Civil Veterinary Department. Madras. Admin. report 1910-25 - 1910-1925
Year: 1910
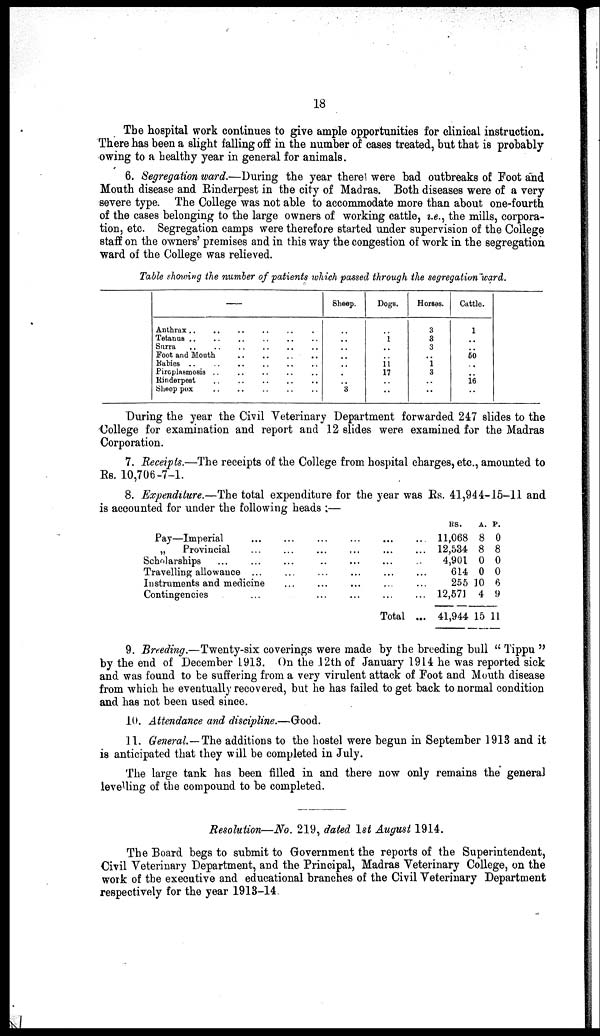
18
The hospital work continues to give ample opportunities for clinical instruction.
There has been a slight falling off in the number of cases treated, but that is probably
owing to a healthy year in general for animals.
6. Segregation ward.—During the year there were bad outbreaks of Foot and
Mouth disease and Rinderpest in the city of Madras. Both diseases were of a very
severe type. The College was not able to accommodate more than about one-fourth
of the cases belonging to the large owners of working cattle, v.e., the mills, corpora-
tion, etc. Segregation camps were therefore started under supervision of the College
staff on the owners' premises and in this way the congestion of work in the segregation
ward of the College was relieved.
Table showing the number of patients which passed through the segregation ward.
—
Anthrax ..........
Tetanus ............
Surra ............
Foot and Mouth
........
Rabies ..............
Piroplasmosia ..........
Rinderpest
..........
Sheep pox ............
Sheep.
..
..
..
..
..
..
..
3
Dogs.
..
1
..
..
11
17
..
..
Horses.
3
3
3
..
1
3
..
..
Cattle.
1
..
..
50
..
..
16
..
During the year the Civil Veterinary Department forwarded 247 slides to the
College for examination and report and 12 slides were examined for the Madras
Corporation.
7. Receipts.—The receipts of the College from hospital charges, etc., amounted to
Rs. 10,706-7-1.
8. Expenditure.—The total expenditure for the year was Rs. 41,944-15-11 and
is accounted for under the following heads :—
Pay—Imperial
...
...
...
...
...
...
„
Provincial
...
...
...
...
...
...
Scholarships
...
...
...
...
...
...
Travelling allowance
...
...
...
...
...
...
Instruments and medicine
...
...
...
...
...
...
Contingencies
...
...
...
...
...
...
Total ...
RS.
11,068
12,534
4,901
614
255 1
12,571
41,944 1
A.
8
8
0
0
0
4
5
P.
0
8
0
0
6
9
11
9. Breeding.—Twenty-six coverings were made by the breeding bull "Tippu"
by the end of December 1913. On the 12th of January 1914 he was reported sick
and was found to be suffering from a very virulent attack of Foot and Mouth disease
from which he eventually recovered, but he has failed to get back to normal condition
and has not been used since.
10. Attendance and discipline.—Good.
11. General.—The additions to the hostel were begun in September 1913 and it
is anticipated that they will be completed in July.
The large tank has been filled in and there now only remains the general
levelling of the compound to be completed.
Resolution—No. 219, dated 1st August 1914.
The Board begs to submit to Government the reports of the Superintendent,
Civil Veterinary Department, and the Principal, Madras Veterinary College, on the
work of the executive and educational branches of the Civil Veterinary Department
respectively for the year 1913-14.